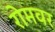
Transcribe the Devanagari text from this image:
रोमवर